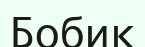
Бобик